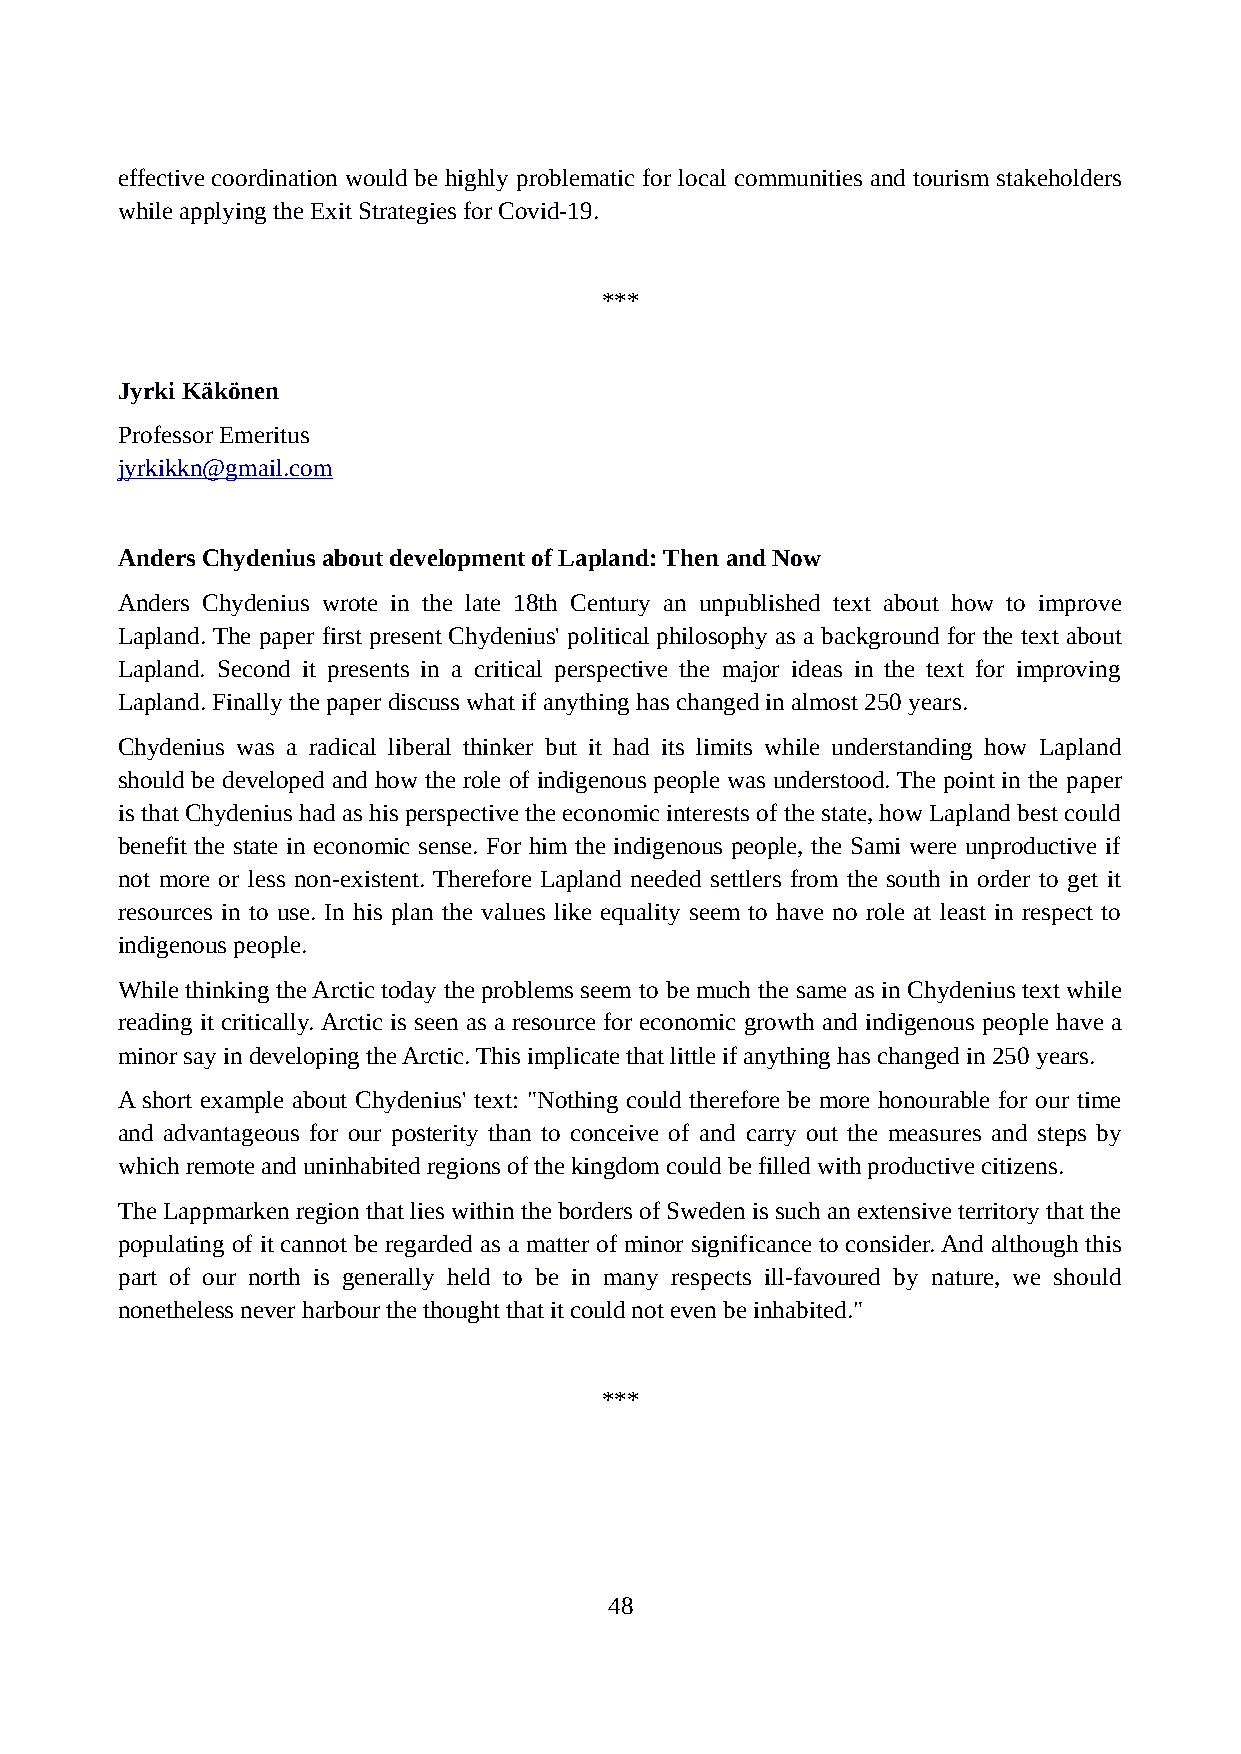
effective coordination would be highly problematic for local communities and tourism stakeholders
 while applying the Exit Strategies for Covid-19.
 ***
 Jyrki Käkönen
 Professor Emeritus
 jyrkikkn@gmail.com
 Anders Chydenius about development of Lapland: Then and Now
 Anders Chydenius wrote in the late 18th Century an unpublished text about how to improve
 Lapland. The paper first present Chydenius' political philosophy as a background for the text about
 Lapland. Second it presents in a critical perspective the major ideas in the text for improving
 Lapland. Finally the paper discuss what if anything has changed in almost 250 years.
 Chydenius was a radical liberal thinker but it had its limits while understanding how Lapland
 should be developed and how the role of indigenous people was understood. The point in the paper
 is that Chydenius had as his perspective the economic interests of the state, how Lapland best could
 benefit the state in economic sense. For him the indigenous people, the Sami were unproductive if
 not more or less non-existent. Therefore Lapland needed settlers from the south in order to get it
 resources in to use. In his plan the values like equality seem to have no role at least in respect to
 indigenous people.
 While thinking the Arctic today the problems seem to be much the same as in Chydenius text while
 reading it critically. Arctic is seen as a resource for economic growth and indigenous people have a
 minor say in developing the Arctic. This implicate that little if anything has changed in 250 years.
 A short example about Chydenius' text: "Nothing could therefore be more honourable for our time
 and advantageous for our posterity than to conceive of and carry out the measures and steps by
 which remote and uninhabited regions of the kingdom could be filled with productive citizens.
 The Lappmarken region that lies within the borders of Sweden is such an extensive territory that the
 populating of it cannot be regarded as a matter of minor significance to consider. And although this
 part of our north is generally held to be in many respects ill-favoured by nature, we should
 nonetheless never harbour the thought that it could not even be inhabited."
 ***
 48